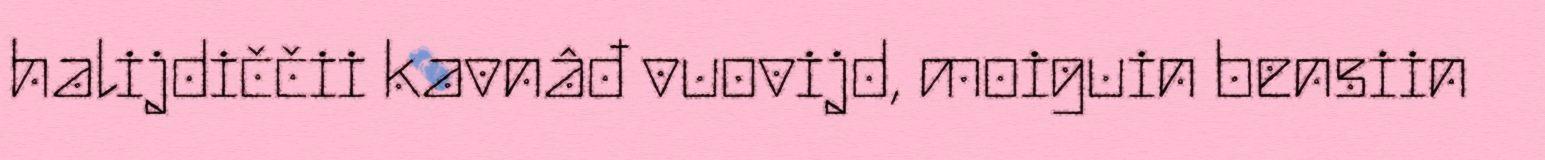
halijdiččii kavnâđ vuovijd, moiguin bensiin